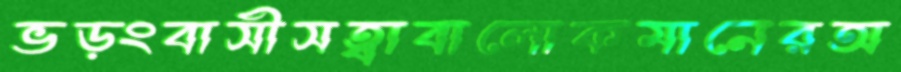
ভড়ংবাসীসত্বাবালোকমানেরঅ